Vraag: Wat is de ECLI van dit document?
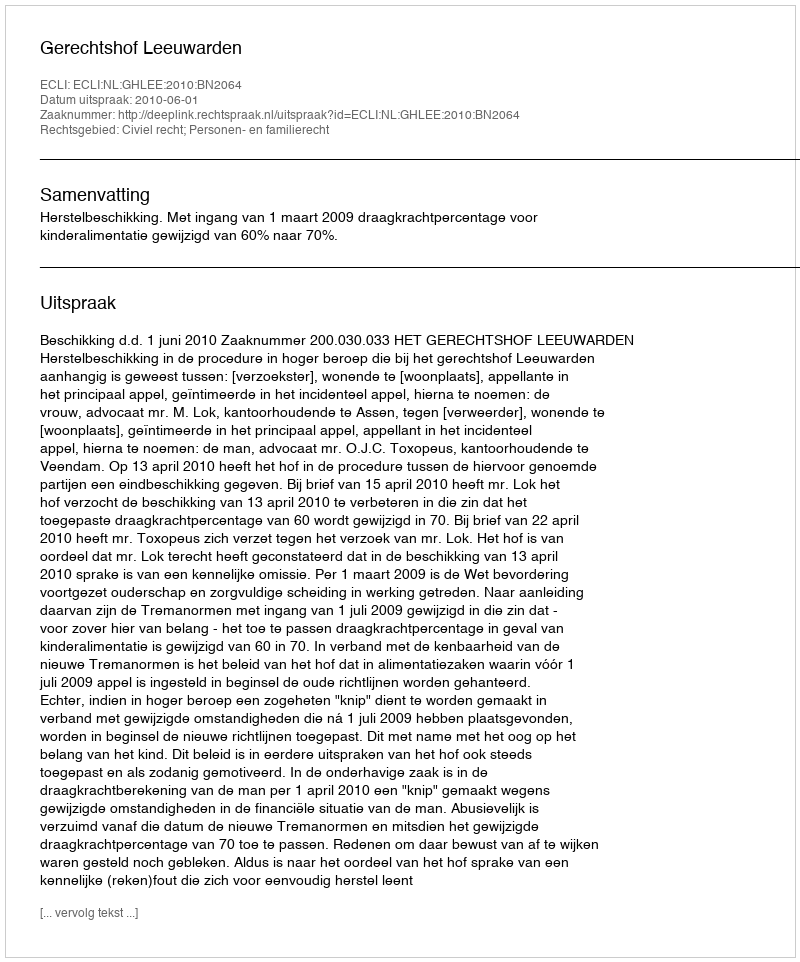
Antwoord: ECLI:NL:GHLEE:2010:BN2064